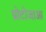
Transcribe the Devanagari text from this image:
प्रोटोजाआ